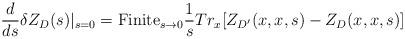
LaTeX: \begin{align*}{d\over {ds}}\delta Z_{D}(s)|_{s=0} =\hbox{Finite}_{s\to 0}{1\over s}Tr_x [ Z_{D'}(x,x,s) - Z_{D}(x,x,s)]\end{align*}